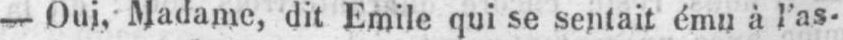
- Oui. Madame, dit Emile qui se sentait ému à l’as-